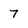
Character: 7